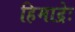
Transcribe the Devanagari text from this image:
हिमाद्रेः